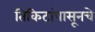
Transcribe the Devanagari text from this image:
तिकिटांपासूनचे